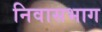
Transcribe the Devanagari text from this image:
निवासभाग